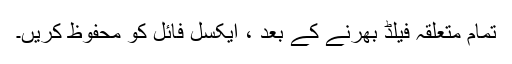
تمام متعلقہ فیلڈ بھرنے کے بعد ، ایکسل فائل کو محفوظ کریں۔